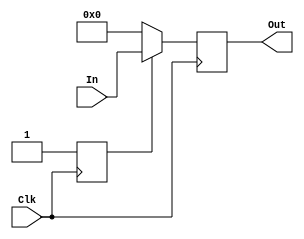
module PC(In, Out, Clk);
    	input [31:0] In;
    	input Clk;
    	output reg[31:0] Out;
		reg [31:0] PC = 0;
    	reg count = 0;
	always @(posedge Clk)
	begin
    		PC = In;
    		if (count == 0)	begin
        		Out = 0;				//initally PC is set to zero
        		count = 1;
    		end
    		else begin
    			Out = PC;        
    		end
	end    
endmodule